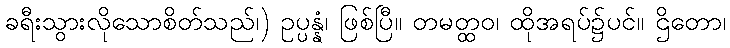
ခရီးသွားလိုသောစိတ်သည်၊) ဥပ္ပန္နံ၊ ဖြစ်ပြီ။ တမတ္ထဝ၊ ထိုအရပ်၌ပင်။ ဌိတော၊